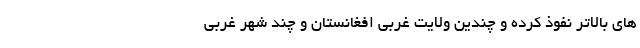
های بالاتر نفوذ کرده و چندین ولایت غربی افغانستان و چند شهر غربی